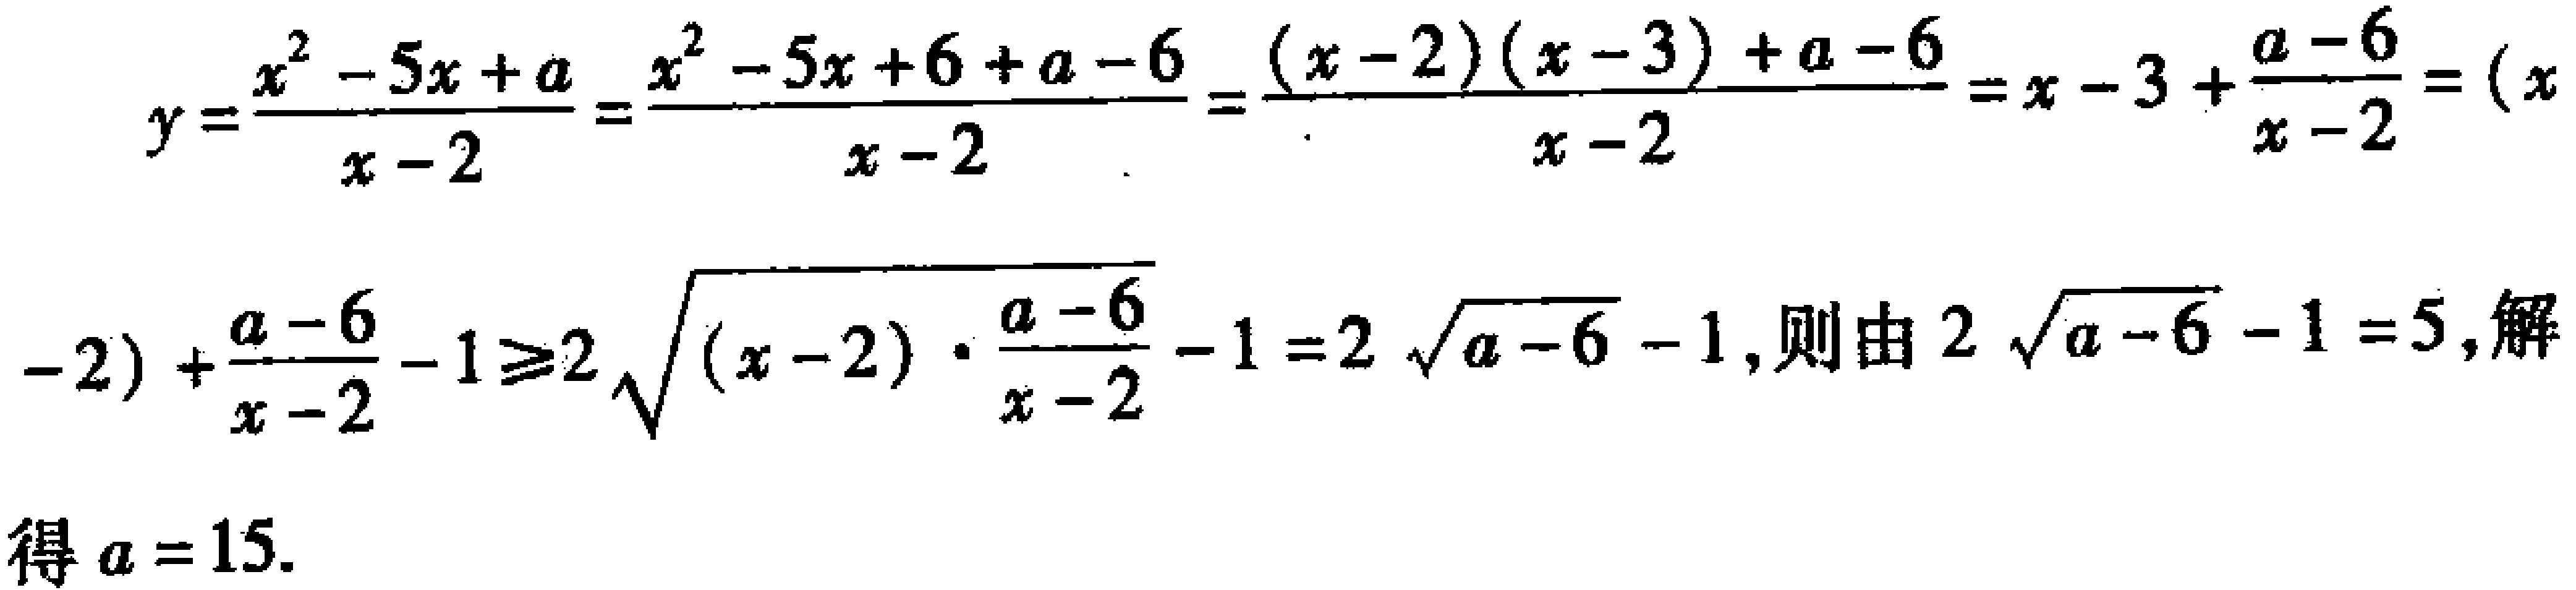
\[

\begin{align*}

y&=\frac{x^{2}-5x + a}{x - 2}=\frac{x^{2}-5x + 6+a - 6}{x - 2}=\frac{(x - 2)(x - 3)+a - 6}{x - 2}=x - 3+\frac{a - 6}{x - 2}=(x - 2)+\frac{a - 6}{x - 2}-1\\

&\geq2\sqrt{(x - 2)\cdot\frac{a - 6}{x - 2}}-1=2\sqrt{a - 6}-1

\end{align*}

\]

则由 \(2\sqrt{a - 6}-1 = 5\)，解得 \(a = 15\).